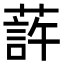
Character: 䔓